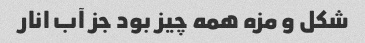
شکل و مزه همه چیز بود جز آب انار